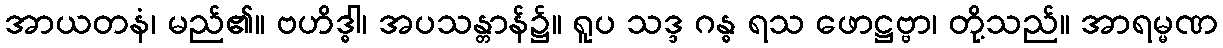
အာယတနံ၊ မည်၏။ ဗဟိဒ္ဓါ၊ အပသန္တာန်၌။ ရူပ သဒ္ဒ ဂန္ဓ ရသ ဖောဋ္ဌဗ္ဗာ၊ တို့သည်။ အာရမ္မဏ